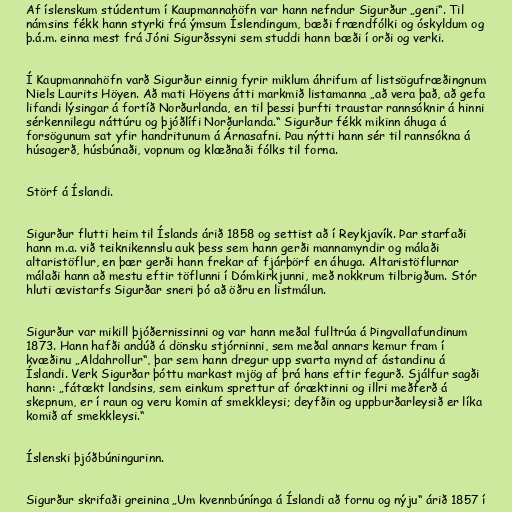
Af íslenskum stúdentum í Kaupmannahöfn var hann nefndur Sigurður „geni“. Til
námsins fékk hann styrki frá ýmsum Íslendingum, bæði frændfólki og óskyldum og
þ.á.m. einna mest frá Jóni Sigurðssyni sem studdi hann bæði í orði og verki.

Í Kaupmannahöfn varð Sigurður einnig fyrir miklum áhrifum af listsögufræðingnum
Niels Laurits Höyen. Að mati Höyens átti markmið listamanna „að vera það, að gefa
lifandi lýsingar á fortíð Norðurlanda, en til þessi þurfti traustar rannsóknir á hinni
sérkennilegu náttúru og þjóðlífi Norðurlanda.“ Sigurður fékk mikinn áhuga á
forsögunum sat yfir handritunum á Árnasafni. Þau nýtti hann sér til rannsókna á
húsagerð, húsbúnaði, vopnum og klæðnaði fólks til forna.

Störf á Íslandi.

Sigurður flutti heim til Íslands árið 1858 og settist að í Reykjavík. Þar starfaði
hann m.a. við teiknikennslu auk þess sem hann gerði mannamyndir og málaði
altaristöflur, en þær gerði hann frekar af fjárþörf en áhuga. Altaristöflurnar
málaði hann að mestu eftir töflunni í Dómkirkjunni, með nokkrum tilbrigðum. Stór
hluti ævistarfs Sigurðar sneri þó að öðru en listmálun.

Sigurður var mikill þjóðernissinni og var hann meðal fulltrúa á Þingvallafundinum
1873. Hann hafði andúð á dönsku stjórninni, sem meðal annars kemur fram í
kvæðinu „Aldahrollur“, þar sem hann dregur upp svarta mynd af ástandinu á
Íslandi. Verk Sigurðar þóttu markast mjög af þrá hans eftir fegurð. Sjálfur sagði
hann: „fátækt landsins, sem einkum sprettur af óræktinni og illri meðferð á
skepnum, er í raun og veru komin af smekkleysi; deyfðin og uppburðarleysið er líka
komið af smekkleysi.“

Íslenski þjóðbúningurinn.

Sigurður skrifaði greinina „Um kvennbúnínga á Íslandi að fornu og nýju“ árið 1857 í